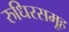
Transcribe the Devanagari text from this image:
रुधिरसमूह